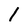
Character: l